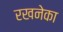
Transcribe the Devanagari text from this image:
रखनेका